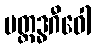
ပတ္ထဒ္ဓဂီဝေါ